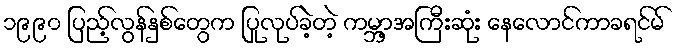
၁၉၉၀ ပြည့်လွန်နှစ်တွေက ပြုလုပ်ခဲ့တဲ့ ကမ္ဘာ့အကြီးဆုံး နေလောင်ကာခရင်မ်